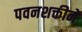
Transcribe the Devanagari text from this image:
पवनशक्तीने